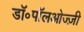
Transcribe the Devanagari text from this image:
डॉ॰पॉलओज्ज़ी